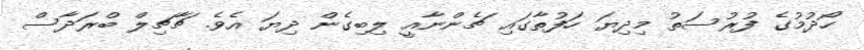
ހޯދުމުގެ ފުރުސަތު މިދިޔަ ހަފުތާގައި ޗެންނާއީ ލިބިގެން ދިޔަ އެވެ. ޗާޗިލް ބްރަދާސް